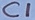
Text: C1